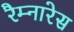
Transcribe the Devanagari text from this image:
रैम्नारेस